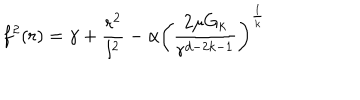
LaTeX: f ^ { 2 } ( r ) = \gamma + \frac { r ^ { 2 } } { l ^ { 2 } } - \alpha \left( \frac { 2 \mu G _ { k } } { r ^ { d - 2 k - 1 } } \right) ^ { \frac { 1 } { k } }